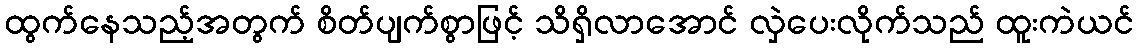
ထွက်နေသည့်အတွက် စိတ်ပျက်စွာဖြင့် သိရှိလာအောင် လှဲပေးလိုက်သည် ထူးကဲယင်